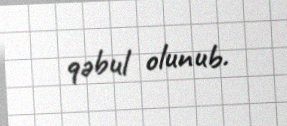
qəbul olunub.